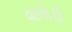
વાલોડી